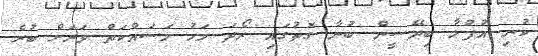
ކުނި އުފުލާ ބިދޭސީން ބުނާ ގޮތުގައި ރޯދަ މަހު މަސައްކަތް ވަރަށް ބުރެ